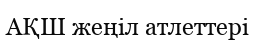
АҚШ жеңіл атлеттері